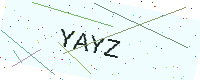
Text: YAYZ